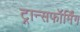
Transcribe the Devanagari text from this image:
ट्रान्सफॉर्मिंग